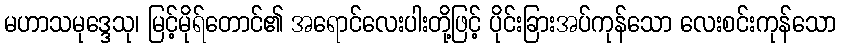
မဟာသမုဒ္ဒေသု၊ မြင့်မိုရ်တောင်၏ အရောင်လေးပါးတို့ဖြင့် ပိုင်းခြားအပ်ကုန်သော လေးစင်းကုန်သော